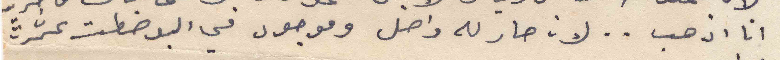
انا اذهب .. لان صار له واصل وموجود في البوصطت عشرة